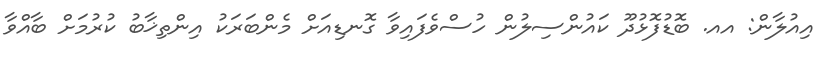
އިއުލާން: އއ. ބޮޑުފޮޅުދޫ ކައުންސިލުން ހުސްވެފައިވާ ގޮނޑިއަށް މެންބަރަކު އިންތިޚާބު ކުރުމަށް ބާއްވާ